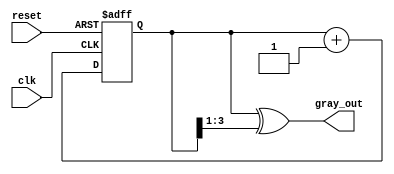
module gray_code_counter (
    input wire clk,          // Clock signal
    input wire reset,        // Asynchronous reset signal
    output reg [N-1:0] gray_out // Gray code output
);

// Parameter for the number of bits (N)
parameter N = 4; // Change N as needed for different widths

// Internal signal to hold the binary count
reg [N-1:0] binary_count;

// Always block for the binary counter
always @(posedge clk or posedge reset) begin
    if (reset) begin
        binary_count <= 0; // Reset binary count to 0
    end else begin
        binary_count <= binary_count + 1; // Increment binary count
    end
end

// Combinational logic to convert binary count to Gray code
always @(*) begin
    gray_out = binary_count ^ (binary_count >> 1); // Binary to Gray code conversion
end

endmodule